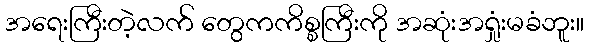
အရေးကြီးတဲ့လက် တွေကကိစ္စကြီးကို အဆုံးအရှုံးမခံဘူး။